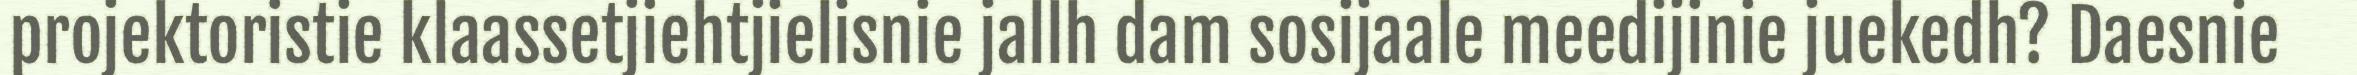
projektoristie klaassetjiehtjielisnie jallh dam sosijaale meedijinie juekedh? Daesnie